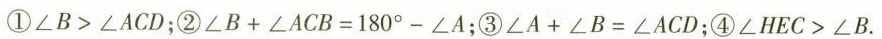
①∠B>∠ACD；②∠B+∠ACB=180°-∠A；③∠A+∠B=∠ACD；④∠HEC>∠B。